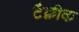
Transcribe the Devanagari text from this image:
टैक्नीक